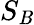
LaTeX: S_{\mathit{B}}